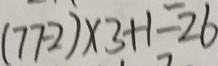
( 7 7 - 2 ) \times 3 + 1 = 2 6